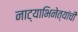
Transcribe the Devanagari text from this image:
नाट्याभिनेत्यांची